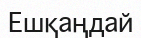
Ешқаңдай